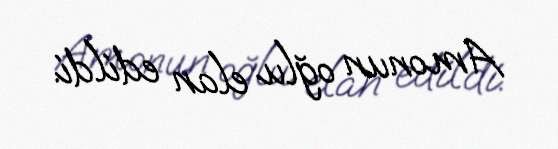
Amonun oğlu elan edildi.